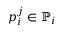
p _ { i } ^ { j } \in \mathbb { P } _ { i }